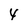
Character: 4